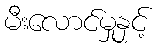
မီးလောင်မှုနှင့်